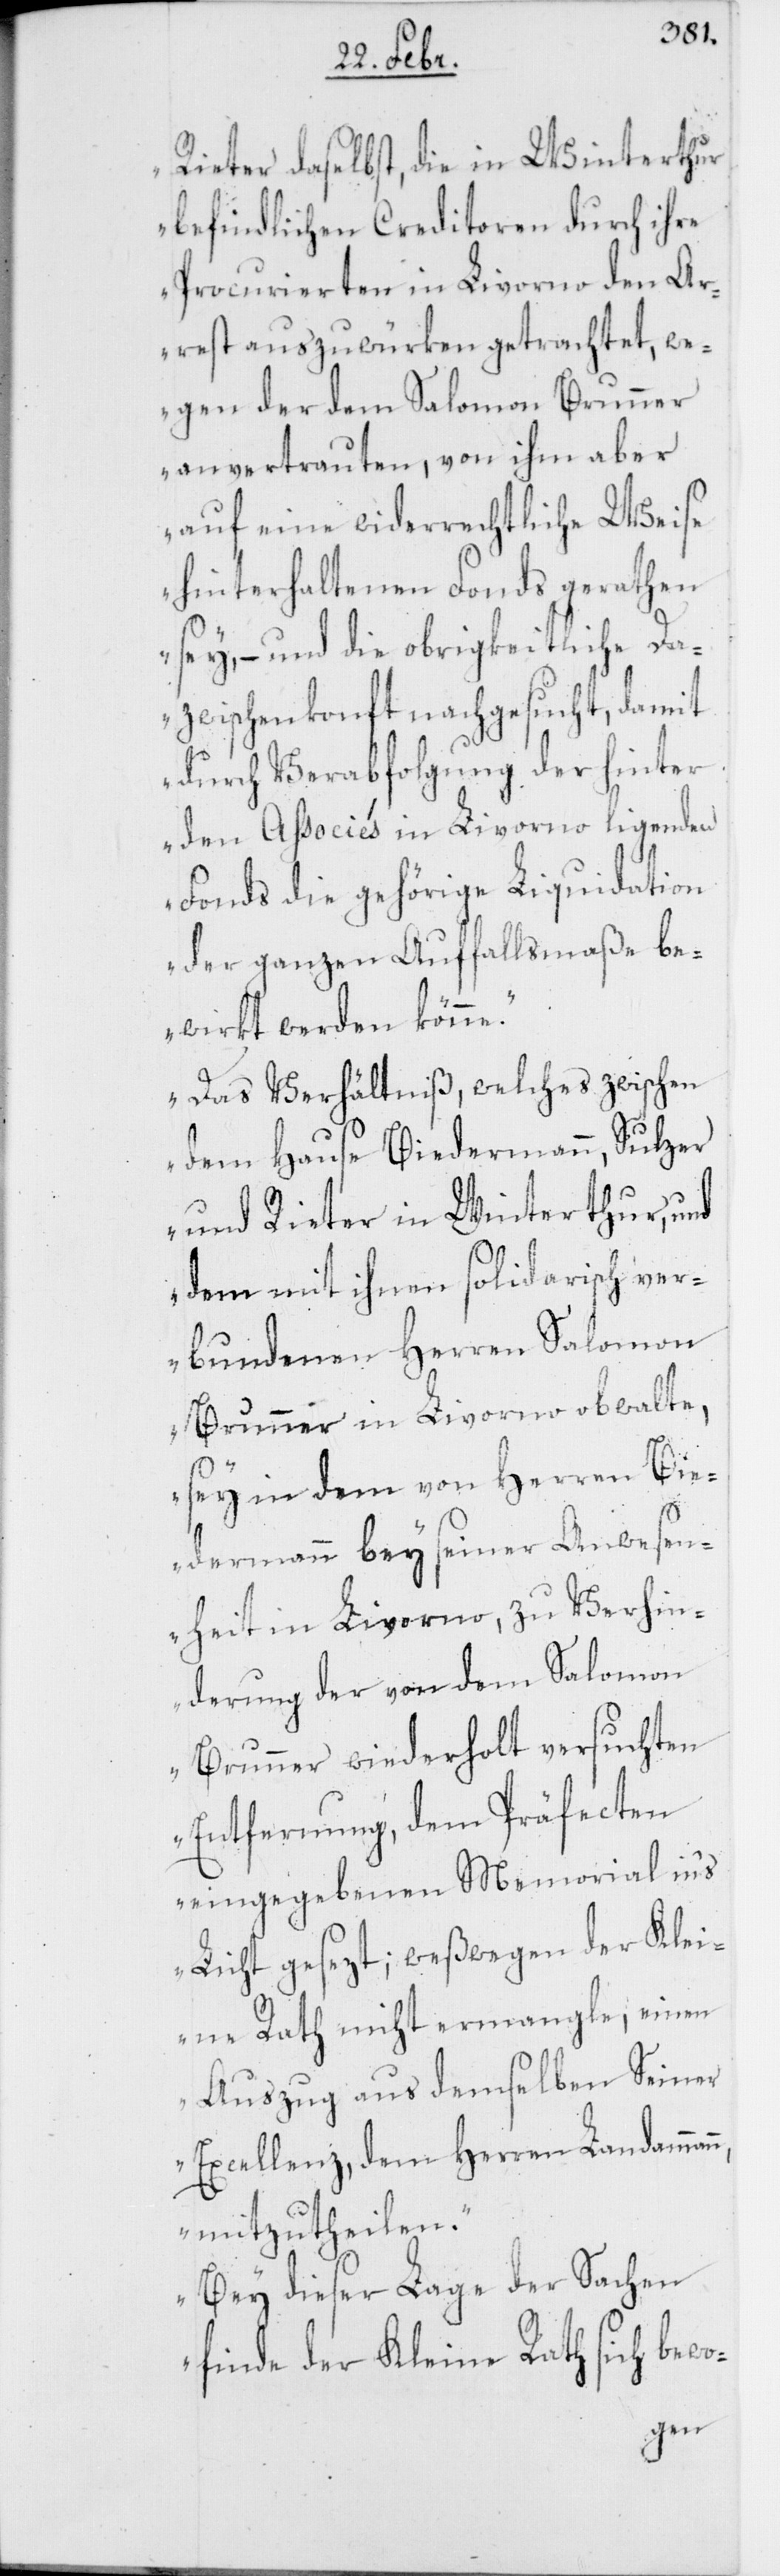
n,

Rieter daselbst, die in Winterthur
befindlichen Creditoren durch ihre
Procurierten in Livorno den Ar¬
rest auszuwürken getrachtet, we¬
gen der dem Salomon Brunner
anvertrauten, von ihm aber
auf eine widerrechtliche Weise
hinterhaltenen Fonds gerathen
sey, – und die obrigkeitliche Da¬
zwischenkonft nachgesucht, damit
durch Verabfolgung der hinter
den Associés in Livorno ligenden
Fonds die gehörige Liquidation
der ganzen Auffallsmaße be¬
wirkt werden könne.
Das Verhältniß, welches zwischen
dem Hause Biedermann, Sulzer
und Rieter in Winterthur, und
dem mit ihnen solidarisch ver¬
bundenen Herren Salomon
Brunner in Livorno obwalte,
sey in dem von Herren Bie¬
dermann bey seiner Anwesen¬
heit in Livorno, zu Verhin¬
derung der von dem Salomon
Brunner wiederholt versuchten
Entfernung, dem Präfecten
eingegebenen Memorial in’s
Licht gesezt; weßwegen der Klei¬
ne Rath nicht ermangle, einen
Auszug aus demselben Seiner
Excellenz, dem Herren Landamman¬
mitzutheilen.
Bey dieser Lage der Sachen
finde der Kleine Rath sich bewo-